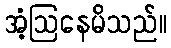
အံ့ဩနေမိသည်။